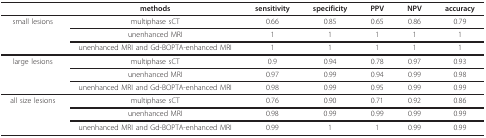
<table><thead><tr><td></td><td><b>methods</b></td><td><b>sensitivity</b></td><td><b>specificity</b></td><td><b>PPV</b></td><td><b>NPV</b></td><td><b>accuracy</b></td></tr></thead><tbody><tr><td>small lesions</td><td>multiphase sCT</td><td>0.66</td><td>0.85</td><td>0.65</td><td>0.86</td><td>0.79</td></tr><tr><td></td><td>unenhanced MRI</td><td>1</td><td>1</td><td>1</td><td>1</td><td>1</td></tr><tr><td></td><td>unenhanced MRI and Gd-BOPTA-enhanced MRI</td><td>1</td><td>1</td><td>1</td><td>1</td><td>1</td></tr><tr><td>large lesions</td><td>multiphase sCT</td><td>0.9</td><td>0.94</td><td>0.78</td><td>0.97</td><td>0.93</td></tr><tr><td></td><td>unenhanced MRI</td><td>0.97</td><td>0.99</td><td>0.94</td><td>0.99</td><td>0.98</td></tr><tr><td></td><td>unenhanced MRI and Gd-BOPTA-enhanced MRI</td><td>0.98</td><td>0.99</td><td>0.95</td><td>0.99</td><td>0.99</td></tr><tr><td>all size lesions</td><td>multiphase sCT</td><td>0.76</td><td>0.90</td><td>0.71</td><td>0.92</td><td>0.86</td></tr><tr><td></td><td>unenhanced MRI</td><td>0.98</td><td>0.99</td><td>0.99</td><td>0.99</td><td>0.99</td></tr><tr><td></td><td>unenhanced MRI and Gd-BOPTA-enhanced MRI</td><td>0.99</td><td>1</td><td>1</td><td>0.99</td><td>0.99</td></tr></tbody></table>